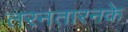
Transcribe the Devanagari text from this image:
तरनतारनके